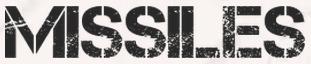
MISSILES